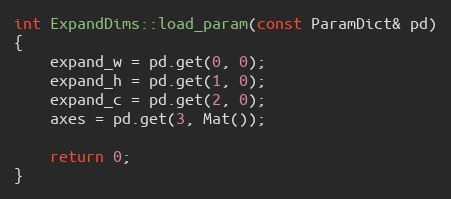
Language: C++
int ExpandDims::load_param(const ParamDict& pd)
{
    expand_w = pd.get(0, 0);
    expand_h = pd.get(1, 0);
    expand_c = pd.get(2, 0);
    axes = pd.get(3, Mat());

    return 0;
}